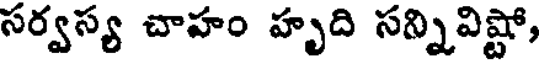
సర్వస్య చాహం హృది సన్నివిష్టో,